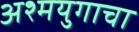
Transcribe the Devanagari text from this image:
अश्मयुगाचा